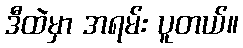
ဒီထဲမှာ အရမ်း ပူတယ်။